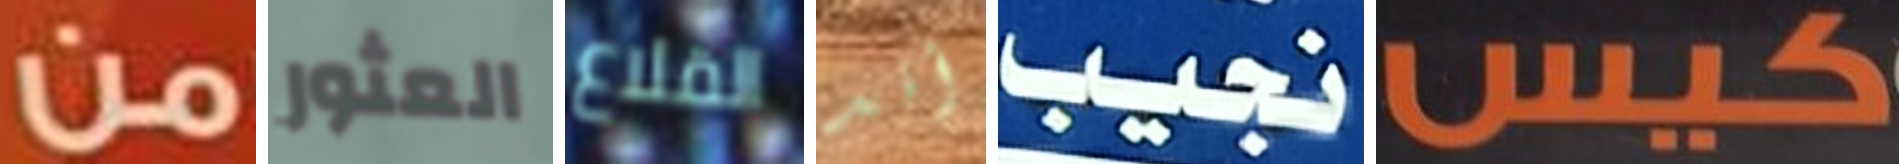
من العثور القلاع أند نجيب كيس